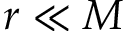
r \ll M